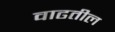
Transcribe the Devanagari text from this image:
वाढतील